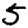
Digit: 5